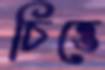
চিত্তে